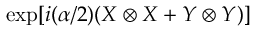
\exp [ i ( \alpha / 2 ) ( X \otimes X + Y \otimes Y ) ]